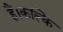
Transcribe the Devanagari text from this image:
हैं।कल्कि